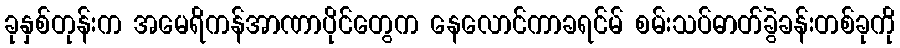
ခုနှစ်တုန်းက အမေရိကန်အာဏာပိုင်တွေက နေလောင်ကာခရင်မ် စမ်းသပ်ဓာတ်ခွဲခန်းတစ်ခုကို